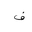
Letter: _fa